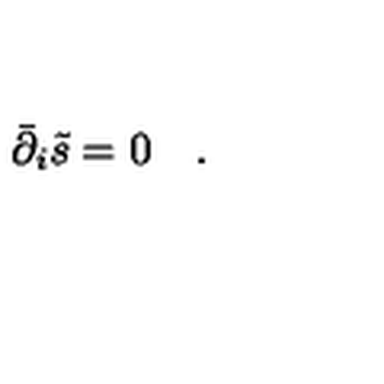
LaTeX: \bar { \partial } _ { i } \tilde { s } = 0 \quad .